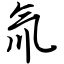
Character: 氚